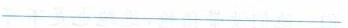
___